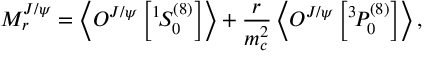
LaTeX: M _ { r } ^ { J / \psi } = \left\langle { \cal O } ^ { J / \psi } \left[ { } ^ { 1 } \! S _ { 0 } ^ { ( 8 ) } \right] \right\rangle + \frac { r } { m _ { c } ^ { 2 } } \left\langle { \cal O } ^ { J / \psi } \left[ { } ^ { 3 } \! P _ { 0 } ^ { ( 8 ) } \right] \right\rangle ,